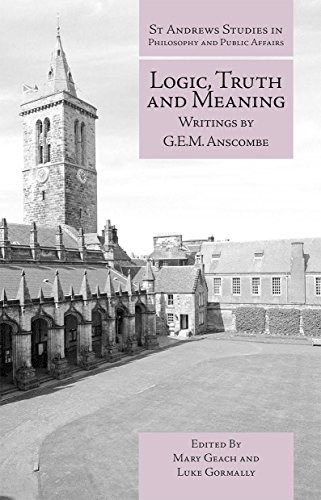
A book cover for Logic, Truth and Meaning: Writings of G.E.M. Anscombe (St Andrews Studies in Philosophy and Public Affairs); Politics & Social Sciences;